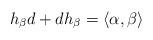
LaTeX: \begin{align*}h_\beta d+dh_\beta=\langle\alpha,\beta\rangle\end{align*}